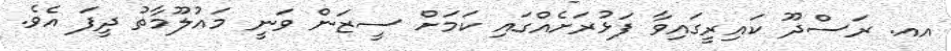
އއ. ރަސްދޫ ކައިރީގައިވާ ފަޅުރަށެއްގައި ކަމަށް ސީޒަން ވަނީ މައުލޫމާތު ދީފަ އެވެ.